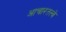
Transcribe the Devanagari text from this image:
आचारतत्त्वे